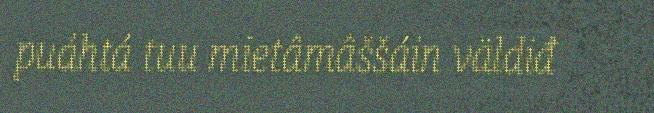
puáhtá tuu mietâmâššáin väldiđ